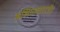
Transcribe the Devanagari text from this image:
अभिधानराजेंद्र